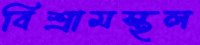
বিশ্রামস্থল